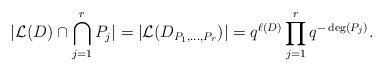
\begin{align*} \vert \mathcal{L}(D) \cap \bigcap_{j=1}^r P_j \vert =\vert \mathcal{L}(D_{P_1, \dots, P_r}) \vert = q^{\ell(D)} \prod_{j=1}^r q^{-\deg(P_j)}. \end{align*}